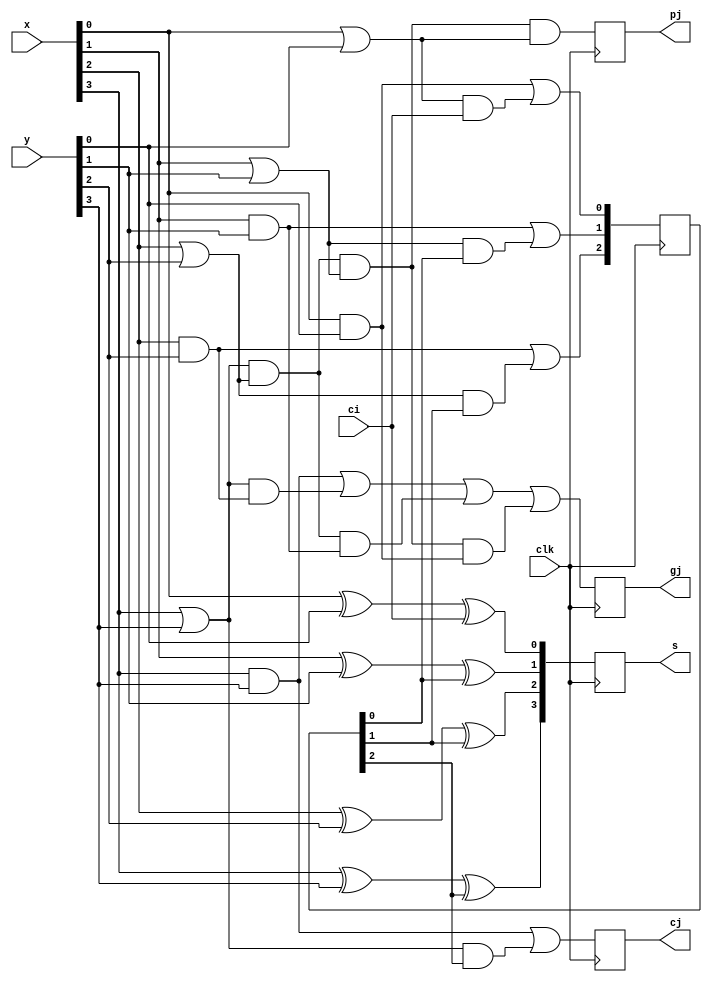
module claa(clk,x,y,ci,s,cj,gj,pj);
input [3:0] x;
input [3:0] y;
input wire clk; 
input  ci;  
output reg [3:0] s; 
output reg cj;
output reg gj;
output reg pj; 
reg [3:0] c; reg [3:0] g; reg [3:0] p; 
initial
	begin
	  cj=0;	  gj=0;	  pj=0;
	  c=4'b0000;	  g=4'b0000;
	  p=4'b0000;	  s=4'b0000;
	end
always @(posedge clk)
	begin 
		//Full Adder 0
		s[0]<=x[0]^y[0]^ci;
		//Generador y Propagacin 0
		p[0]=x[0]||y[0];
		g[0]=x[0]&&y[0];
		//Carry interno C1
		c[1]<=g[0]||(p[0]&&ci);
		//Full Adder 1
		s[1]<=x[1]^y[1]^c[1];
		//Generador y Propagacin 1
		p[1]=x[1]||y[1];
		g[1]=x[1]&&y[1];
		//Carry interno C2
		c[2]<=g[1]||(p[1]&&c[1]);		
		//Full Adder 2
		s[2]<=x[2]^y[2]^c[2];
		//Generador y Propagacin 2
		p[2]=x[2]||y[2];
		g[2]=x[2]&&y[2];
		//Carry interno C3
		c[3]<=g[2]||(p[2]&&c[2]);
		//Full Adder 3
		s[3]<=x[3]^y[3]^c[3];
		//Generador y Propagacin 3
		p[3]=x[3]||y[3];
		g[3]=x[3]&&y[3];
		//Carry de Salida
		cj<=g[3]||(p[3]&&c[3]);
		//Generacin y propagacin para el grupo. 
		gj=g[3]||(p[3] && g[2])||(p[3] && p[2] && g[1])||(p[3] && p[2] && p[1] && g[0]);
		pj=p[3] && p[2] && p[1] && p[0];
	end
endmodule

module sumador(x,y,clk,s);
input [7:0] x;
input [7:0] y;
input clk;
output [7:0] s;
reg ci=1'b0;
wire cj;
wire gj1;
wire pj1;
wire gj2;
wire pj2;
wire cj2;

claa claa1(clk,x[3:0],y[3:0],ci,s[3:0],cj,gj1,pj1);
claa claa2(clk,x[7:4],y[7:4],cj,s[7:4],cj2,gj2,pj2);

endmodule 

module multiplicador(x,y,suma,A,B,MQ,clk);
input [7:0] x;
input [7:0] y;
input [7:0] suma;
input clk;
output reg [7:0] A;
output reg [7:0] B;
output reg [7:0] MQ;
integer cont;
integer cont_final;
 
initial
	begin
		cont=0;
		cont_final=0;
		A=8'b00000000;
		MQ=y;
		if(MQ[0]==1)begin
			B=x;
		end
		else begin
			B=0;
		end
	end
always @(posedge clk)
	begin
		if (cont_final<8) begin
		
			if(cont==0)
				begin
					if (MQ[0] == 1) begin
						B=x; 
					end
					else begin
						B=0;
					end
				end
			cont=cont+1;
			if (cont == 8) begin
				A=suma;
				MQ=MQ >>> 1;
				MQ[7]=A[0];
				A=A >>> 1;
				cont=0;
				cont_final=cont_final+1;
			end
		end
	end
always @(x,y)
	begin
		cont=0;
		cont_final=0;
		A=8'b00000000;
		if(MQ[0]==1)begin
			B=x;
		end
		else begin
			B=0;
		end
		MQ=y;
	end
endmodule // 


module tester(clk,x,y);     
output reg [7:0] x;
output reg [7:0] y;
output reg clk;
    initial    
	begin        
		$dumpfile("Multiplicador.vcd");  
        	$dumpvars;
		x=8'b00000110;
		y=8'b00001101;
        clk=0;  #150 $finish;
    	end
    always
    begin
        #1 clk = !clk;
    end
endmodule

module testbench;
    wire clk;
    wire [7:0]x;
    wire [7:0]y;
    wire [7:0]s;
	wire [7:0] A;
    wire [7:0] B;
	wire [7:0] MQ;
	sumador Suma(A,B,clk,s);
	multiplicador Mult (x,y,s,A,B,MQ,clk);
    tester t(clk,x,y);
endmodule